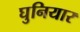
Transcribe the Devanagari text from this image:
घुनियार